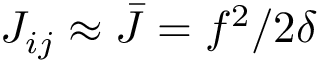
J _ { i j } \approx \bar { J } = f ^ { 2 } / 2 \delta